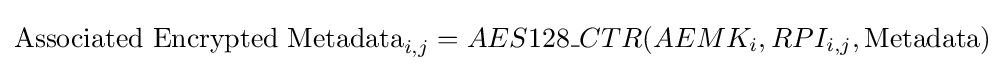
{\text{Associated Encrypted Metadata}}_{i,j}=AES128\_CTR(AEMK_{i},RPI_{i,j},{\text{Metadata}})